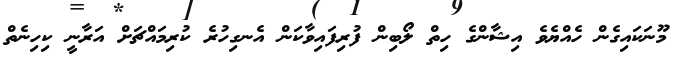
މޫނަކައިގެން ހެއްޔެވެ އިޝާންގެ ހިތް ލޯބިން ފުރިފައިވާކަން އެނގިހުރެ ކުރިމައްޗަށް އަރާނީ ކިހިނެތް